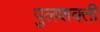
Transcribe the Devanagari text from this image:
पुलशक्ती